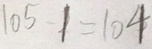
1 0 5 - 1 = 1 0 4